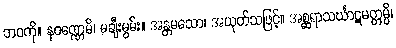
ဘဝကို။ နဝဏ္ဏေမိ၊ မချီးမွမ်း။ အန္တမသော၊ အယုတ်သဖြင့်။ အစ္ဆရာသင်္ဃာဋမတ္တမ္ပိ၊